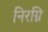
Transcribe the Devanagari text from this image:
निरग्नि